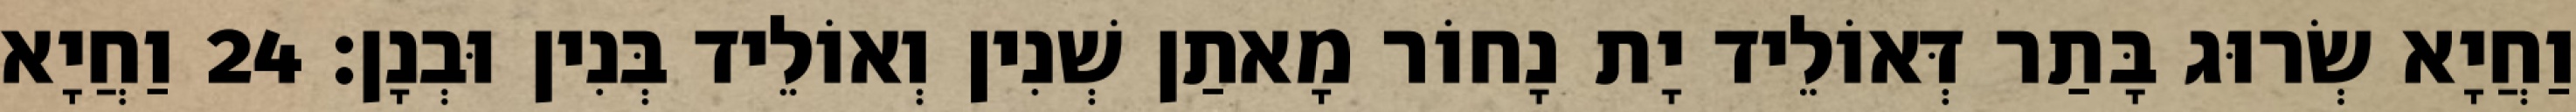
וַחֲיָא שְׂרוּג בָּתַר דְּאוֹלֵיד יָת נָחוֹר מָאתַן שְׁנִין וְאוֹלֵיד בְּנִין וּבְנָן׃ 24 וַחֲיָא